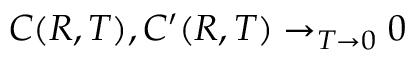
C ( R , T ) , C ^ { \prime } ( R , T ) \to _ { T \to 0 } 0